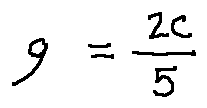
q = \frac { 2 c } { 5 }